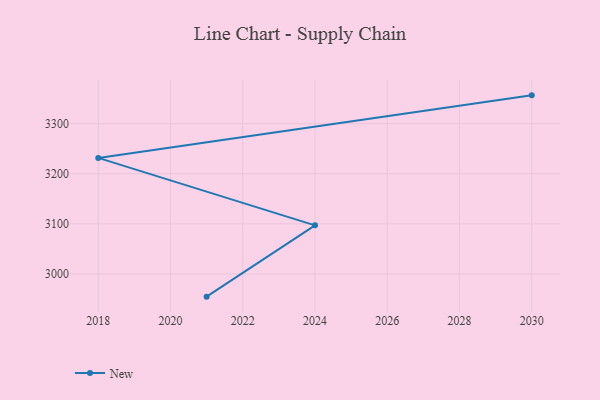
{"axis": {"x": "Year", "y": "Churn Rate (%)"}, "legend": ["New"], "data": [{"x": "2030", "y": 3356.3, "type": "New"}, {"x": "2018", "y": 3231.6, "type": "New"}, {"x": "2024", "y": 3097.1, "type": "New"}, {"x": "2021", "y": 2954.9, "type": "New"}]}